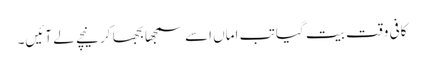
کافی وقت بیت گیا تب اماں اسے سمجھا بجھا کر نیچے لے آئیں۔